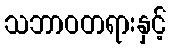
သဘာဝတရားနှင့်